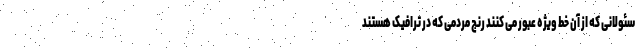
سئولانی که از آن خط ویژه عبور می کنند رنج مردمی که در ترافیک هستند